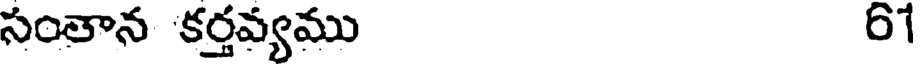
సంతాన కర్తవ్యము 61